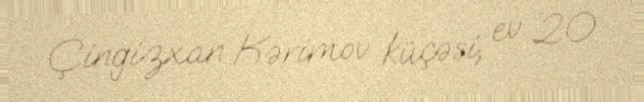
Çingizxan Kərimov küçəsi, ev 20